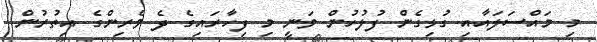
މި މައްސަލައާއި ގުޅިގެން ފުލުހުން ވަނީ މި ފިހާރައިގެ ދެ ވެރިންގެ އިތުރުން